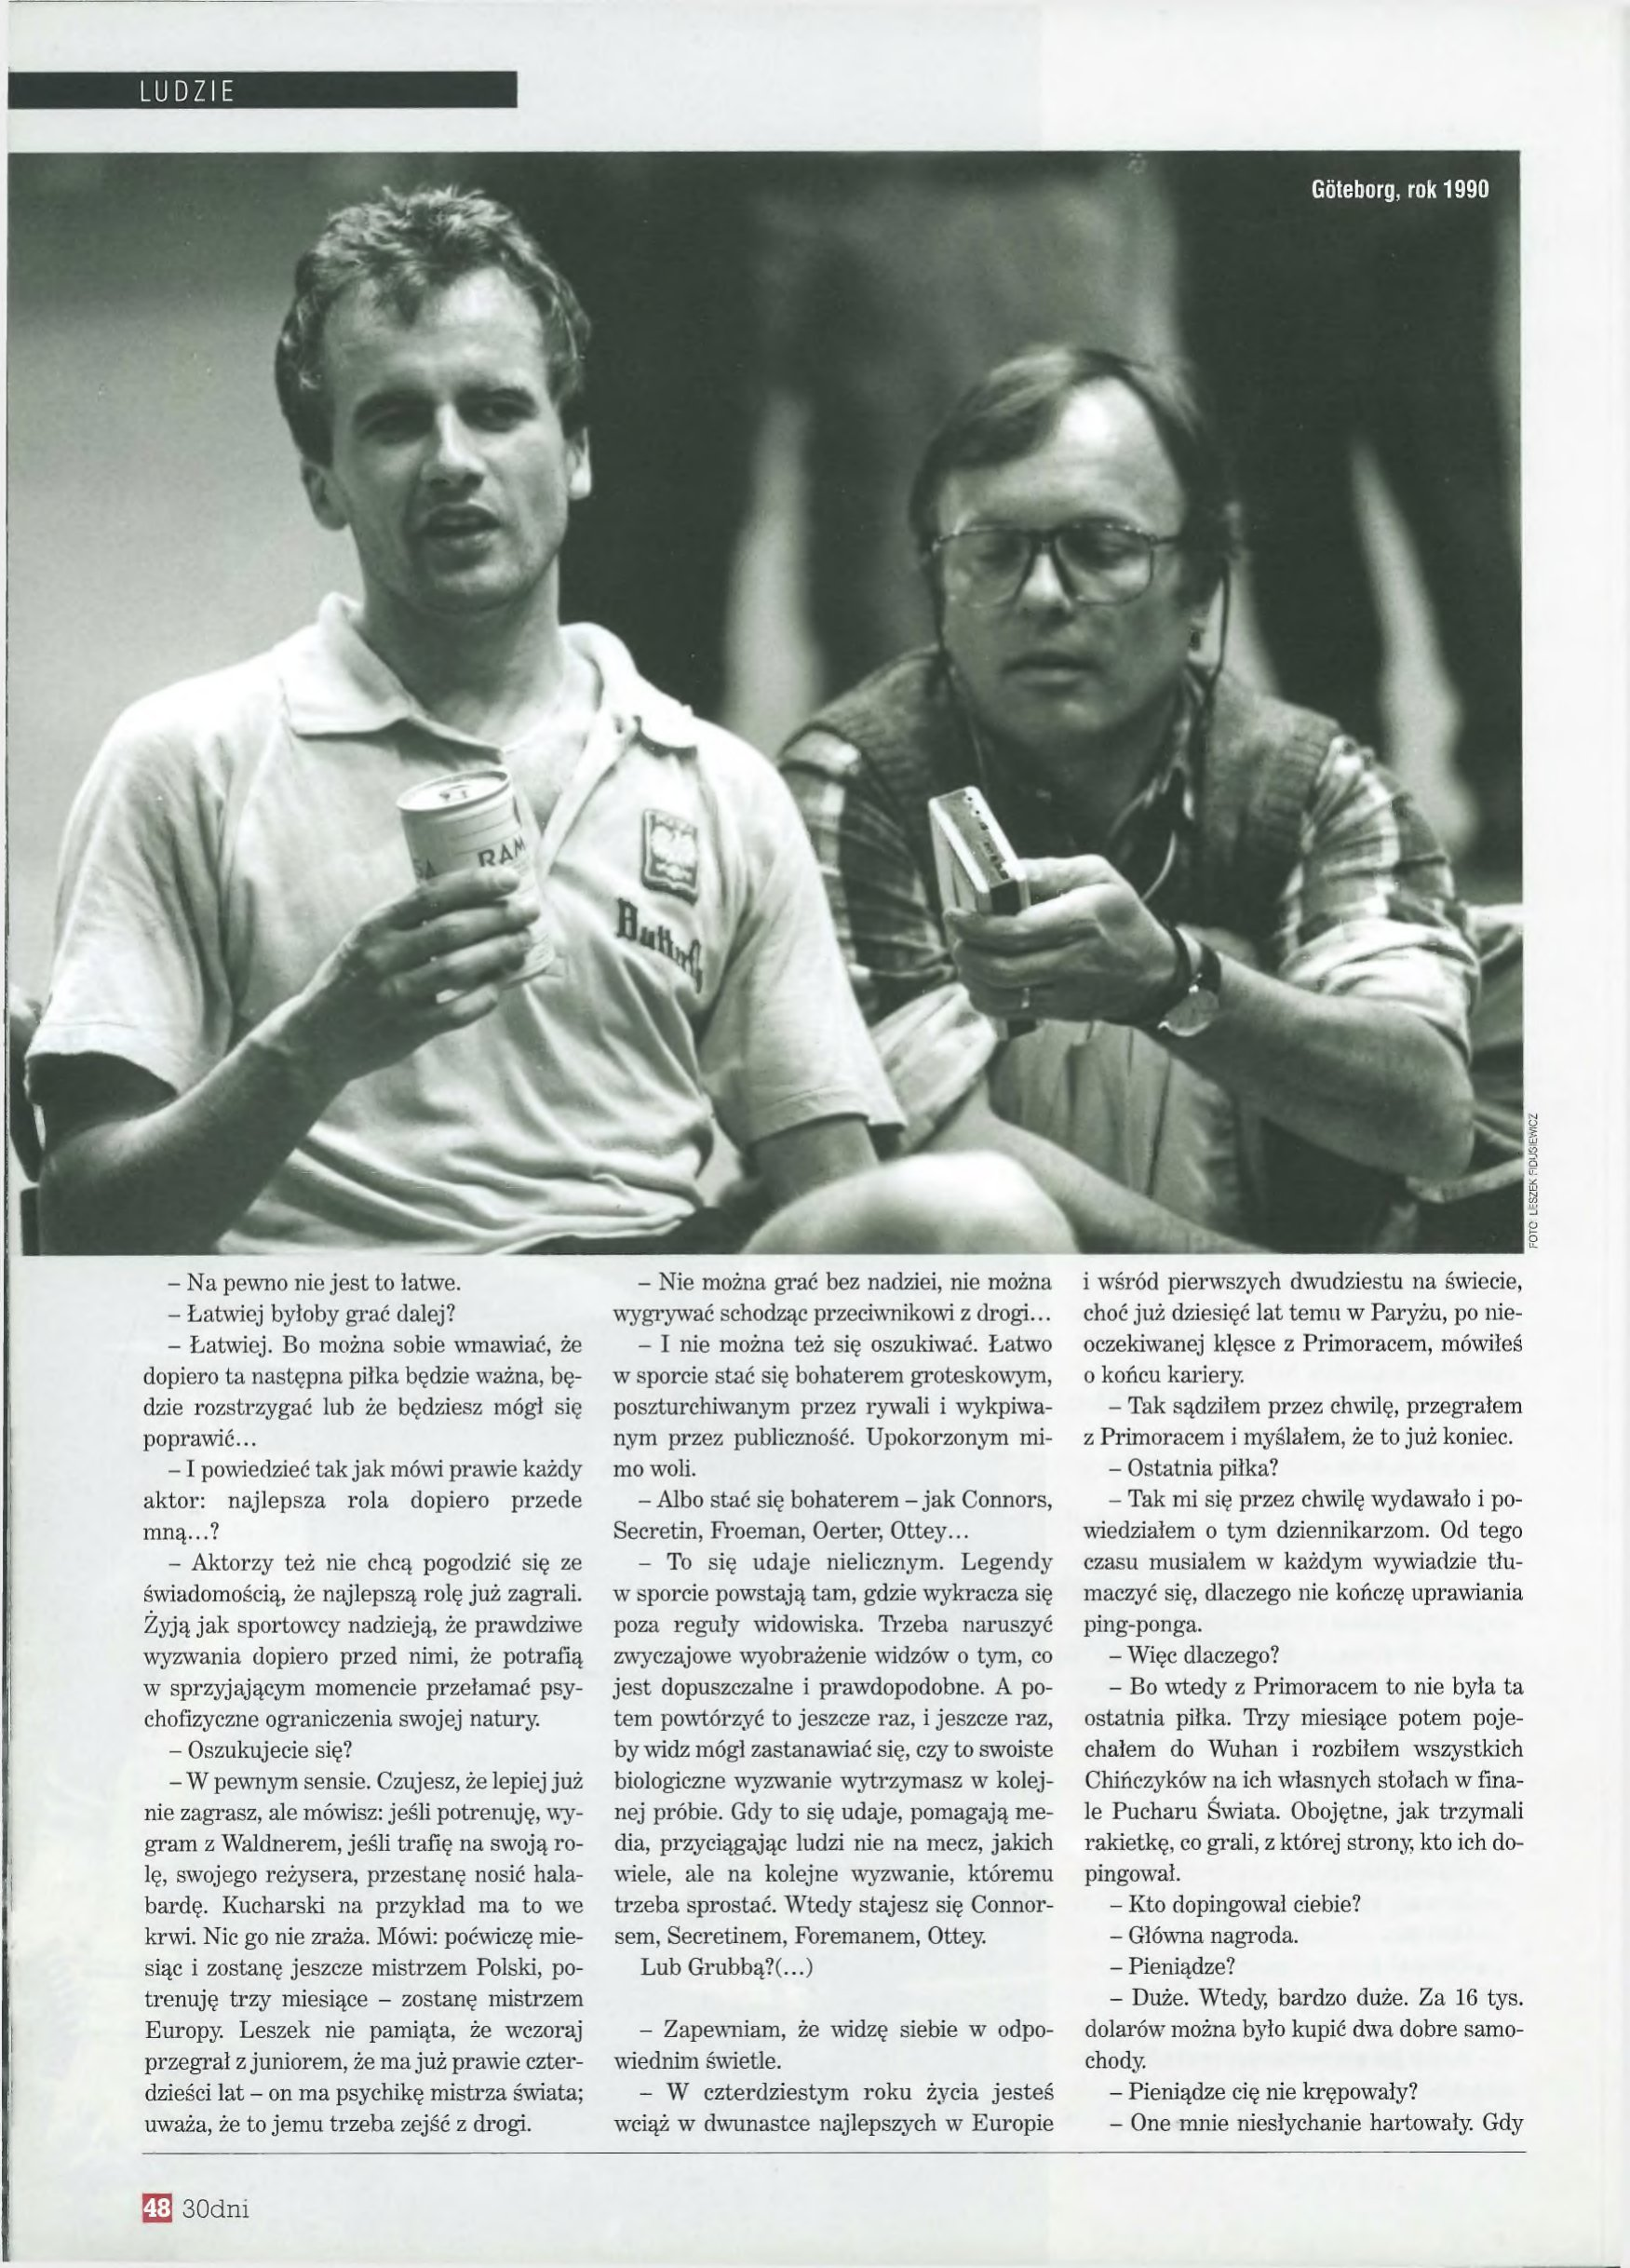
Language: pl